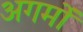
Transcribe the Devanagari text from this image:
अगमों